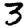
Digit: 3